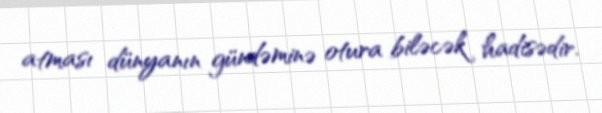
atması dünyanın gündəminə otura biləcək hadisədir.